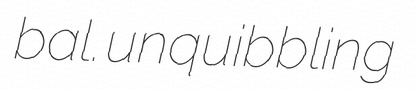
bal. unquibbling